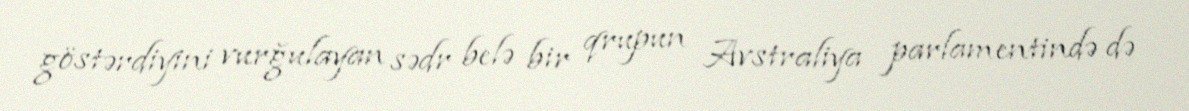
göstərdiyini vurğulayan sədr belə bir qrupun Avstraliya parlamentində də